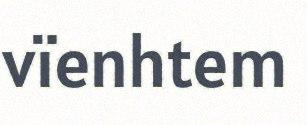
vïenhtem